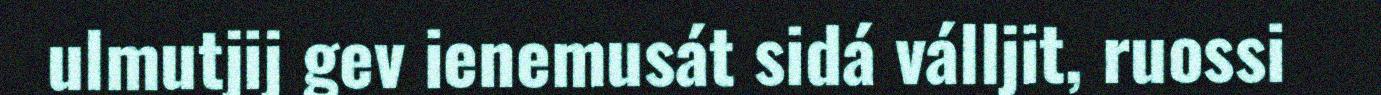
ulmutjij gev ienemusát sidá válljit, ruossi